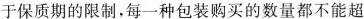
于保质期的限制，每一种包装购买的数量都不能超